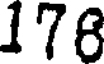
178